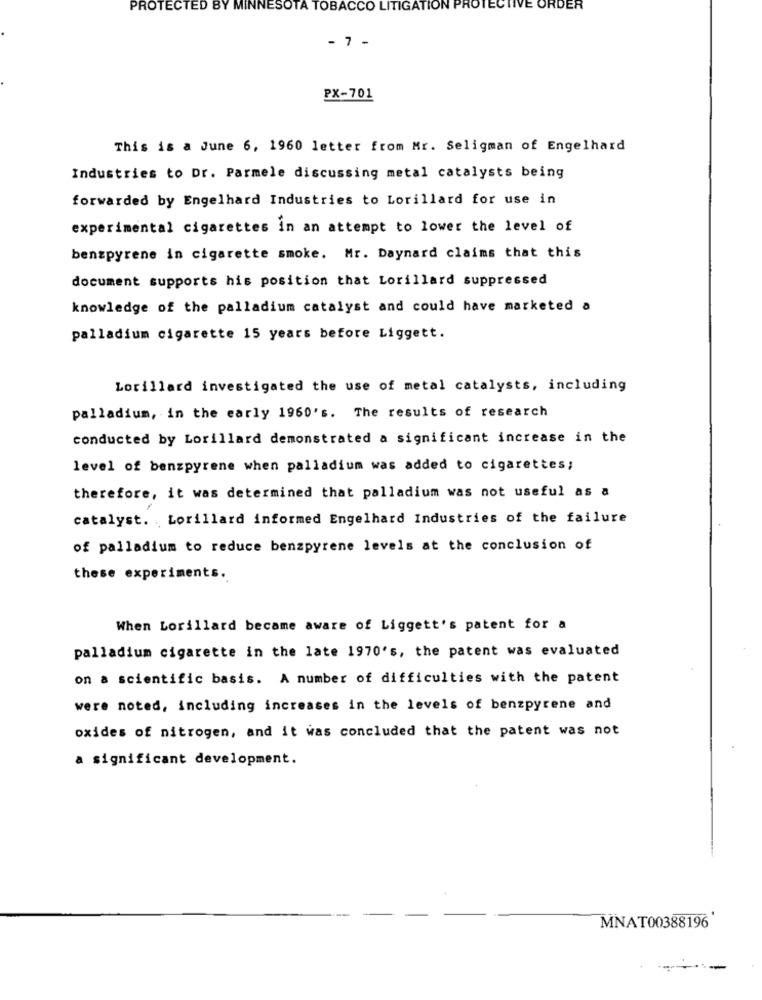
PROTECTED BY MINNESOTA TOBACCO LITIGATION PROTECTIVE ORDER
- 7 -
PX-701
This is a June 6, 1960 letter from Mr. Seligman of Engelhard
Industries to Dr. Parmele discussing metal catalysts being
forwarded by Engelhard Industries to Lorillard for use in
experimental cigarettes in an attempt to lower the level of
benzpyrene in cigarette smoke. Mr. Daynard claims that this
document supports his position that Lorillard suppressed
knowledge of the palladium catalyst and could have marketed a
palladium cigarette 15 years before Liggett.
Lorillard investigated the use of metal catalysts, including
palladium, in the early 1960's. The results of research
conducted by Lorillard demonstrated a significant increase in the
level of benzpyrene when palladium was added to cigarettes;
therefore, it was determined that palladium was not useful as a
catalyst. Lorillard informed Engelhard Industries of the failure
of palladium to reduce benzpyrene levels at the conclusion of
these experiments.
When Lorillard became aware of Liggett's patent for a
palladium cigarette in the late 1970's, the patent was evaluated
on a scientific basis. A number of difficulties with the patent
were noted, including increases in the levels of benzpyrene and
oxides of nitrogen, and it was concluded that the patent was not
a significant development.
MNAT00388196
----